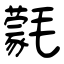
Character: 氋